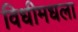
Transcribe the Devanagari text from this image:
विधीमधला